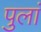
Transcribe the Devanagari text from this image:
पुलां